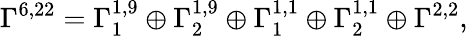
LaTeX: \Gamma^{6,22}=\Gamma_{1}^{1,9}\oplus\Gamma_{2}^{1,9}\oplus\Gamma_{1}^{1,1}\oplus\Gamma_{2}^{1,1}\oplus\Gamma^{2,2},